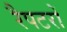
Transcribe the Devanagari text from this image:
रैपटरों